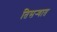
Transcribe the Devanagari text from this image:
तिसर्‍यात